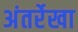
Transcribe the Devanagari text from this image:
अंतर्रेखा